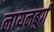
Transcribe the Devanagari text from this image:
लायनबुर्ग